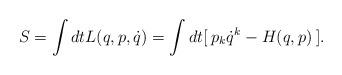
LaTeX: \begin{align*}S = \int dt L(q,p, \dot{q}) = \int dt [\: p_k \dot{q}^k - H(q,p) \:].\end{align*}